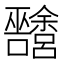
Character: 𱕴